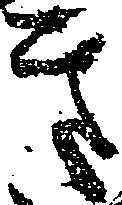
き